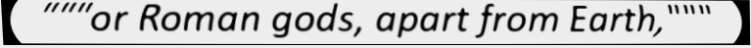
"""or Roman gods, apart from Earth,"""